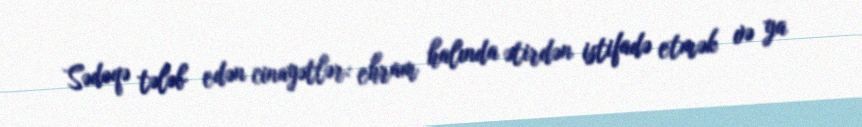
Sədəqə tələb edən cinayətlər: ehram halında ətirdən istifadə etmək və ya